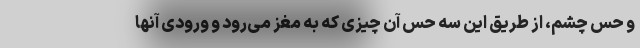
و حس چشم، از طریق این سه حس آن چیزی که به مغز می‌رود و ورودی آنها